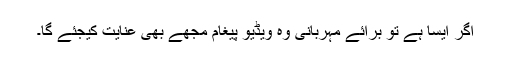
اگر ایسا ہے تو برائے مہربانی وہ ویڈیو پیغام مجھے بھی عنایت کیجئے گا۔